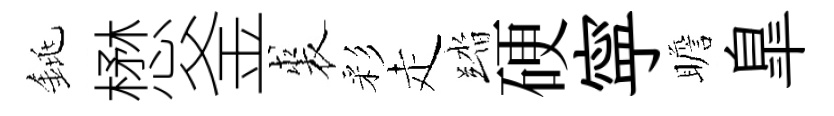
銚懋釜裘彩走踏硬寜瞻臯